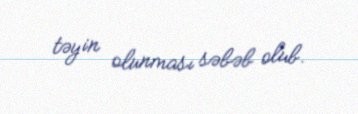
təyin olunması səbəb olub.